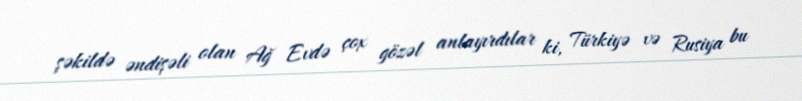
şəkildə əndişəli olan Ağ Evdə çox gözəl anlayırdılar ki, Türkiyə və Rusiya bu